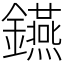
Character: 𨯧